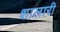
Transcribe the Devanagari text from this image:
शालारी